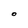
Character: O